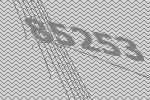
85253